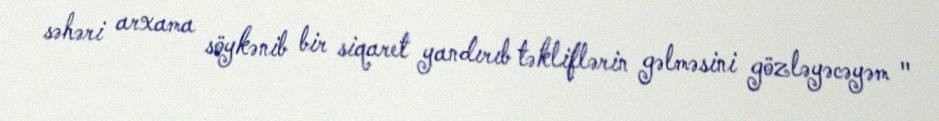
səhəri arxama söykənib bir siqaret yandırıb təkliflərin gəlməsini gözləyəcəyəm "